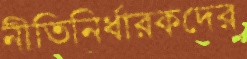
নীতিনির্ধারকদের